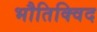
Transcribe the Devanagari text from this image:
भौतिक्विद